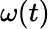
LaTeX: \omega(t)